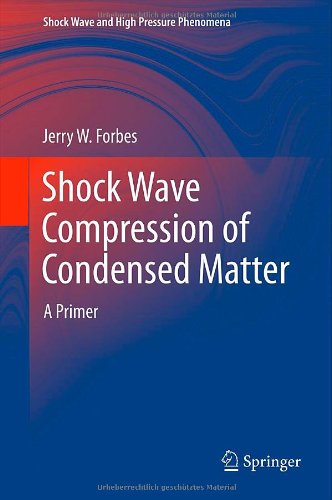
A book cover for Shock Wave Compression of Condensed Matter: A Primer (Shock Wave and High Pressure Phenomena); Jerry W Forbes; Science & Math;